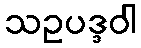
သဥပဒ္ဒဝါ